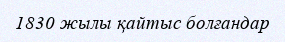
1830 жылы қайтыс болғандар